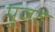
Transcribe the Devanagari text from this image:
पुजत